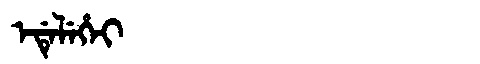
Manchu: ᡝᡩᡝᠯᡝᡥᡝᡳ
Romanization: EDELEHEI